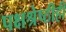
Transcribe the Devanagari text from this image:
पक्षश्रेष्ठीही